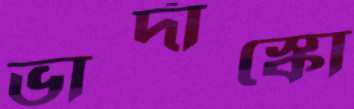
ভার্দাস্কো